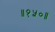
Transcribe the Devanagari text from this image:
॥१५०॥